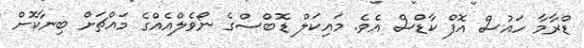
ޑްރާމާ ހައުސް އޮފް ކާޑްސް އެވެ. މައިކަލް ޑޮބްސްގެ ނޯވެލްއެއްގެ މައްޗަށް ބިނާކޮށް